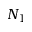
N _ { 1 }